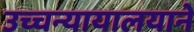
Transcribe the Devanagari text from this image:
उच्चन्यायालयाने